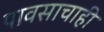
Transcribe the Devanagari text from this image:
पावसाचाही